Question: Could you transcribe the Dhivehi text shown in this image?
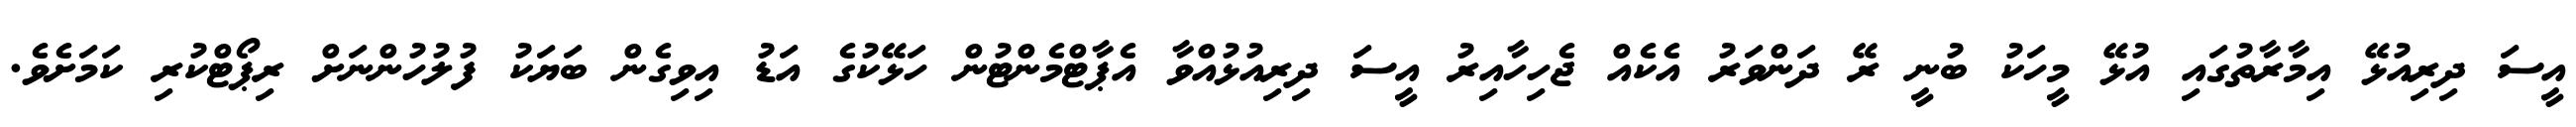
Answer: އީސަ ދިރިއުޅޭ އިމާރާތުގައި އުޅޭ މީހަކު ބުނީ ރޭ ދަންވަރު އެކެއް ޖެހިހާއިރު އީސަ ދިރިއުޅުއްވާ އެޕާޓްމެންޓުން ހަޅޭކުގެ އަޑު އިވިގެން ބަޔަކު ފުލުހުންނަށް ރިޕޯޓްކުރި ކަމަށެވެ.